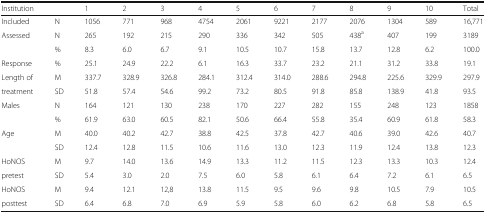
<table><thead><tr><td><b>Institution</b></td><td></td><td><b>1</b></td><td><b>2</b></td><td><b>3</b></td><td><b>4</b></td><td><b>5</b></td><td><b>6</b></td><td><b>7</b></td><td><b>8</b></td><td><b>9</b></td><td><b>10</b></td><td><b>Total</b></td></tr></thead><tbody><tr><td>Included</td><td>N</td><td>1056</td><td>771</td><td>968</td><td>4754</td><td>2061</td><td>9221</td><td>2177</td><td>2076</td><td>1304</td><td>589</td><td>16,771</td></tr><tr><td>Assessed</td><td>N</td><td>265</td><td>192</td><td>215</td><td>290</td><td>336</td><td>342</td><td>505</td><td>438<sup>a</sup></td><td>407</td><td>199</td><td>3189</td></tr><tr><td></td><td>%</td><td>8.3</td><td>6.0</td><td>6.7</td><td>9.1</td><td>10.5</td><td>10.7</td><td>15.8</td><td>13.7</td><td>12.8</td><td>6.2</td><td>100.0</td></tr><tr><td>Response</td><td>%</td><td>25.1</td><td>24.9</td><td>22.2</td><td>6.1</td><td>16.3</td><td>33.7</td><td>23.2</td><td>21.1</td><td>31.2</td><td>33.8</td><td>19.1</td></tr><tr><td>Length of</td><td>M</td><td>337.7</td><td>328.9</td><td>326.8</td><td>284.1</td><td>312.4</td><td>314.0</td><td>288.6</td><td>294.8</td><td>225.6</td><td>329.9</td><td>297.9</td></tr><tr><td>treatment</td><td>SD</td><td>51.8</td><td>57.4</td><td>54.6</td><td>99.2</td><td>73.2</td><td>80.5</td><td>91.8</td><td>85.8</td><td>138.9</td><td>41.8</td><td>93.5</td></tr><tr><td>Males</td><td>N</td><td>164</td><td>121</td><td>130</td><td>238</td><td>170</td><td>227</td><td>282</td><td>155</td><td>248</td><td>123</td><td>1858</td></tr><tr><td></td><td>%</td><td>61.9</td><td>63.0</td><td>60.5</td><td>82.1</td><td>50.6</td><td>66.4</td><td>55.8</td><td>35.4</td><td>60.9</td><td>61.8</td><td>58.3</td></tr><tr><td>Age</td><td>M</td><td>40.0</td><td>40.2</td><td>42.7</td><td>38.8</td><td>42.5</td><td>37.8</td><td>42.7</td><td>40.6</td><td>39.0</td><td>42.6</td><td>40.7</td></tr><tr><td></td><td>SD</td><td>12.4</td><td>12.8</td><td>11.5</td><td>10.6</td><td>11.6</td><td>13.0</td><td>12.3</td><td>11.9</td><td>12.4</td><td>13.8</td><td>12.3</td></tr><tr><td>HoNOS</td><td>M</td><td>9.7</td><td>14.0</td><td>13.6</td><td>14.9</td><td>13.3</td><td>11.2</td><td>11.5</td><td>12.3</td><td>13.3</td><td>10.3</td><td>12.4</td></tr><tr><td>pretest</td><td>SD</td><td>5.4</td><td>3.0</td><td>2.0</td><td>7.5</td><td>6.0</td><td>5.8</td><td>6.1</td><td>6.4</td><td>7.2</td><td>6.1</td><td>6.5</td></tr><tr><td>HoNOS</td><td>M</td><td>9.4</td><td>12.1</td><td>12,8</td><td>13.8</td><td>11.5</td><td>9.5</td><td>9.6</td><td>9.8</td><td>10.5</td><td>7.9</td><td>10.5</td></tr><tr><td>posttest</td><td>SD</td><td>6.4</td><td>6.8</td><td>7.0</td><td>6.9</td><td>5.9</td><td>5.8</td><td>6.0</td><td>6.2</td><td>6.8</td><td>5.8</td><td>6.5</td></tr></tbody></table>